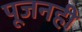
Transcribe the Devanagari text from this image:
पूजनही